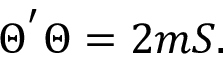
\Theta ^ { ' } \Theta = 2 m { \cal { S } } .